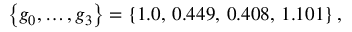
\left\{ g _ { 0 } , \dots , g _ { 3 } \right\} = \left\{ 1 . 0 , \, 0 . 4 4 9 , \, 0 . 4 0 8 , \, 1 . 1 0 1 \right\} ,